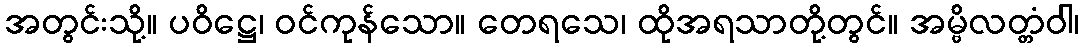
အတွင်းသို့။ ပဝိဋ္ဌေ၊ ဝင်ကုန်သော။ တေရသေ၊ ထိုအရသာတို့တွင်။ အမ္ဗိလတ္တံဝါ၊